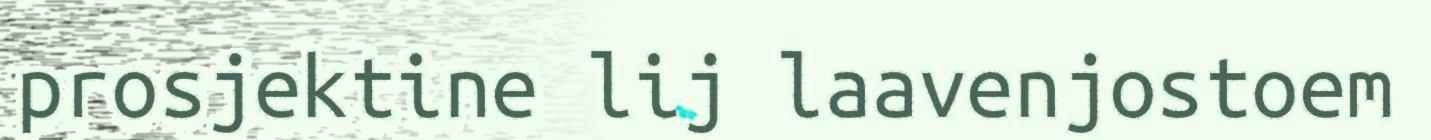
prosjektine lij laavenjostoem